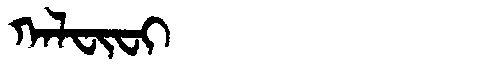
Manchu: ᡴᠠᠯᠸᡳᠸᡳ
Romanization: KALFIFI